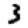
Digit: 3